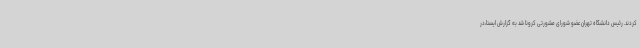
‌کردند. رئیس دانشگاه تهران عضو شورای مشورتی کرونا شد به گزارش ایسنا،در